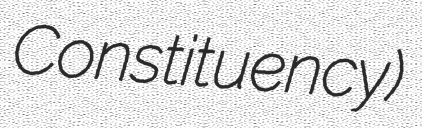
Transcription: Constituency)